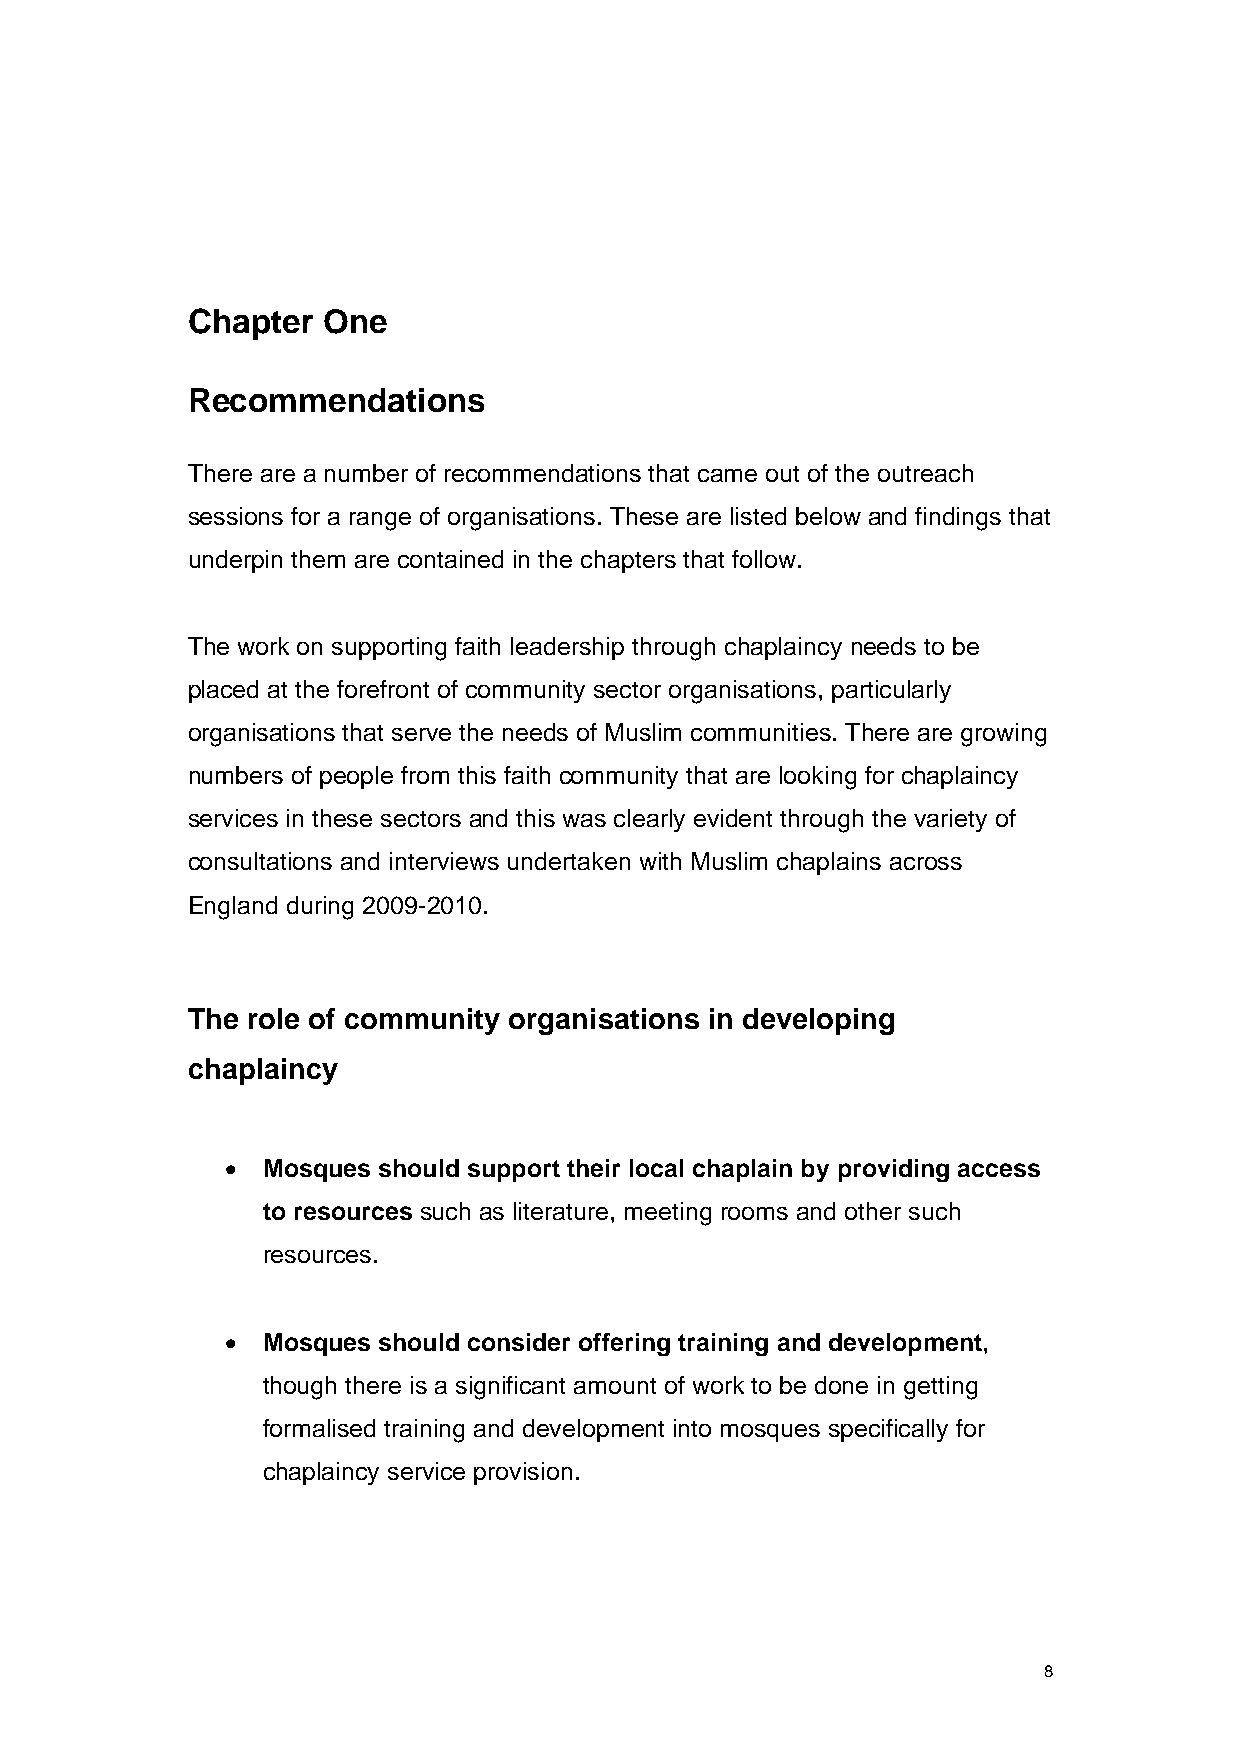
Chapter  One
 Recommendations
 There are a number of recommendations that came out of the outreach
 sessions for a range of organisations. These are listed below and findings that
 underpin them are contained in the chapters that follow.
 The work on supporting faith leadership through chaplaincy needs to be
 placed at the forefront of community sector organisations, particularly
 organisations that serve the needs of Muslim communities. There are growing
 numbers of people from this faith community that are looking for chaplaincy
 services in these sectors and this was clearly evident through the variety of
 consultations and interviews undertaken with Muslim chaplains across
 England during 2009-2010.
 The role of community organisations in developing
 chaplaincy
 • Mosques should support their local chaplain by providing access
 to resources such as literature, meeting rooms and other such
 resources.
 • Mosques should consider offering training and development,
 though there is a significant amount of work to be done in getting
 formalised training and development into mosques specifically for
 chaplaincy service provision.
 8